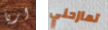
اريا تمازحني